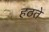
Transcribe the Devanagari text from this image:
हठते